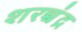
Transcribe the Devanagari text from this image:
शरच्चंंद्र